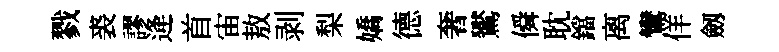
戮裘謬逄首宙敖剥梨嬌德奢鸑僢耽鐺离鸞佯劔